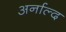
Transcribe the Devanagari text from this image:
अर्नाल्द